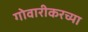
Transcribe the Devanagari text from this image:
गोवारीकरच्या